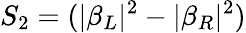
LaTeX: S_{2}=(|\beta_{L}|^{2}-|\beta_{R}|^{2})